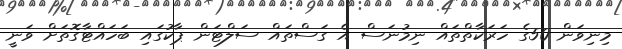
މިނިވަން 50ގެ ހަރަކާތްތައް ނިމުނަސް އެ ގަސްތައް ސަލްޓަން ޕާކުގައި ބަހައްޓާގޮތަށް ވަނީ